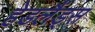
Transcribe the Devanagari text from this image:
हेडलैंड्स